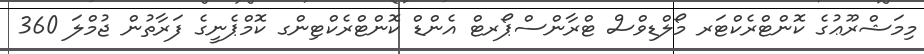
މިމަޝްރޫޢުގެ ކޮންޓްރެކްޓަރ މޯލްޑިވްސް ޓްރާންސްޕޯރޓް އެންޑް ކޮންޓްރެކްޓިންގ ކޮމްޕެނީގެ ފަރާތުން ޖުމްލަ 360